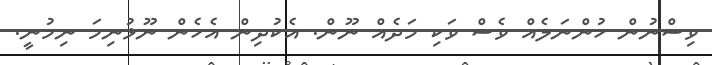
ވިސްނުން ހުންނަލެއް ވެސް ވަކި މަދެއް ނޫން. އެކުދިން އެހެން ނޫޅުނިމަ ނިމުނީ.